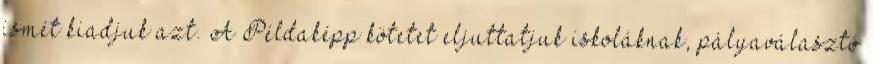
ismét kiadjuk azt. A Példaképp kötetet eljuttatjuk iskoláknak, pályaválasztó